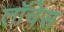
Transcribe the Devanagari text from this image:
लॉचेस